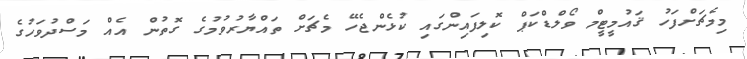
މިމެޗަށްފަހު ޤައުމީޓީމް ވޯލްޑްކަޕް ކޮލިފައިންގައި ކުޅެންޖެހޭ މެޗަށް ތައްޔާރުވުމުގެ ގޮތުން އެއް މަސްދުވަހުގެ